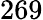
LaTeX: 269